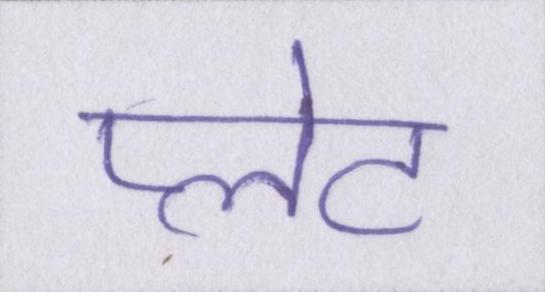
प्लेट